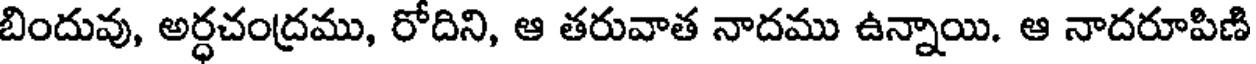
బిందువు, అర్ధచంద్రము, రోదిని, ఆ తరువాత నాదము ఉన్నాయి. ఆ నాదరూపిణి